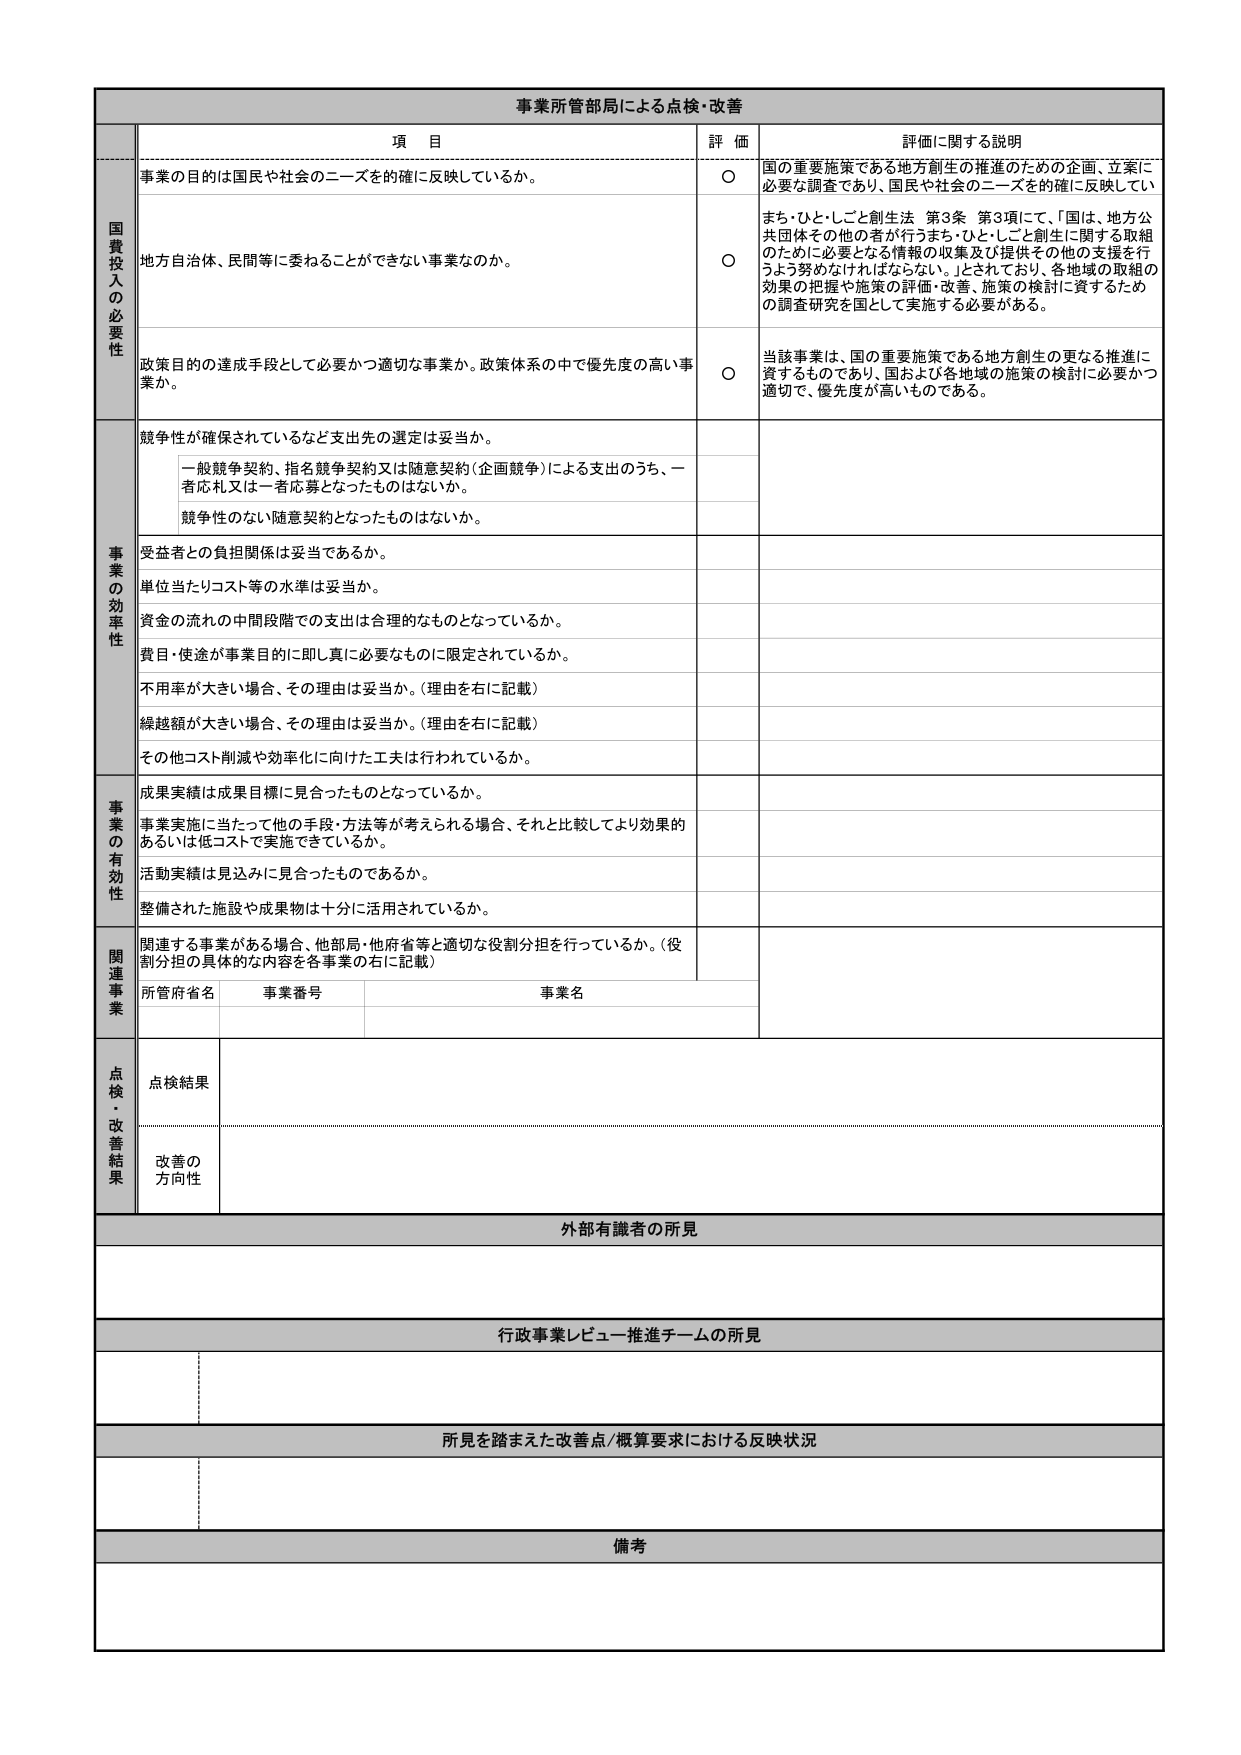
事業所管部局による点検・改善

項 目 評 価 評価に関する説明

国費投入の必要性
事業の目的は国民や社会のニーズを的確に反映しているか。
○ 国の重要施策である地方創生の推進のための企画、立案に必要な調査であり、国民や社会のニーズを的確に反映している。

地方自治体、民間等に委ねることができない事業なのか。
○ また、ひと・しごと創生法 第3条 第3項にて、「国は、地方公共団体その他の者が行うまち・ひと・しごと創生に関する取組のために必要となる情報の収集及び提供その他の支援を行うよう努めなければならない。」とされており、各地域の取組の効果の把握や施策の評価・改善、施策の検討に資するための調査研究を国として実施する必要がある。

政策目的の達成手段として必要かつ適切な事業か。政策体系の中で優先度の高い事業か。
○ 当該事業は、国の重要施策である地方創生の更なる推進に資するものであり、国および各地域の施策の検討に必要かつ適切で、優先度が高いものである。

事業の効率性
競争性が確保されているなど支出先の選定は妥当か。
一般競争契約、指名競争契約又は随意契約（企画競争）による支出のうち、一者応札又は一者応募となったものはないか。
競争性のない随意契約となったものはないか。

受益者との負担関係は妥当であるか。

単位当たりコスト等の水準は妥当か。

資金の流れの中間段階での支出は合理的なものとなっているか。

費目・使途が事業目的に即し真に必要なものに限定されているか。

不用率が大きい場合、その理由は妥当か。（理由を右に記載）

繰越額が大きい場合、その理由は妥当か。（理由を右に記載）

その他コスト削減や効率化に向けた工夫は行われているか。

事業の有効性
成果実績は成果目標に見合ったものとなっているか。

事業実施に当たって他の手段・方法等が考えられる場合、それと比較してより効果的あるいは低コストで実施できているか。

活動実績は見込みに見合ったものであるか。

整備された施設や成果物は十分に活用されているか。

関連事業
関連する事業がある場合、他部局・他府省等と適切な役割分担を行っているか。（役割分担の具体的な内容を各事業の右に記載）
所管府省名 事業番号 事業名

点検・改善結果
点検結果

改善の方向性

外部有識者の所見

行政事業レビュー推進チームの所見

所見を踏まえた改善点/概算要求における反映状況

備考